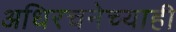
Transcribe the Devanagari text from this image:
अधिरचनेच्याही